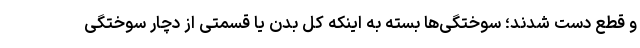
و قطع دست شدند؛ سوختگی‌ها بسته به اینکه کل بدن یا قسمتی از دچار سوختگی